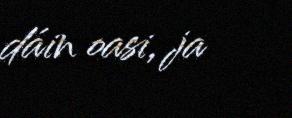
dáin oasi, ja